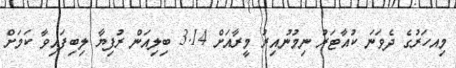
މިއހަރުގެ ދެވަނަ ކުއާޓަރު ނިމުނުއިރު މީރާއަށް 3.14 ބިލިއަން ރުފިޔާ ލިބިފައިވާ ކަމަށް